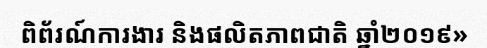
ពិព័រណ៍ការងារ និងផលិតភាពជាតិ ឆ្នាំ២០១៩»